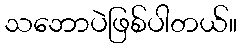
သဘောပဲဖြစ်ပါတယ်။